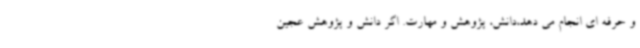
و حرفه ای انجام می دهد،دانش، پژوهش و مهارت. اگر دانش و پژوهش عجین